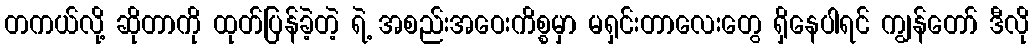
တကယ်လို့ ဆိုတာကို ထုတ်ပြန်ခဲ့တဲ့ ရဲ့ အစည်းအဝေးကိစ္စမှာ မရှင်းတာလေးတွေ ရှိနေပါရင် ကျွန်တော် ဒီလို